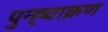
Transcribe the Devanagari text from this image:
पुन्ह्चाक्रण